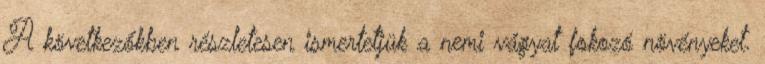
A következőkben részletesen ismertetjük a nemi vágyat fokozó növényeket.